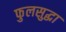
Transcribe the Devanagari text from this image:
फुलसुद्धा